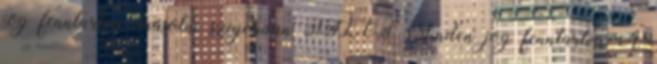
jog fenntartva, másolni szigorúan TILOS Minden jog fenntartva A